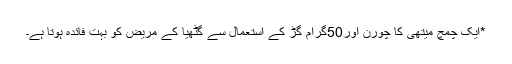
*ایک چمچ میتھی کا چورن اور50گرام گڑ کے استعمال سے گٹھیا کے مریض کو بہت فائدہ ہوتا ہے۔